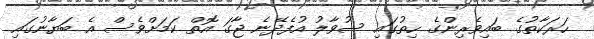
ހަރަކާތުގެ ބައިވެރިންގެ ހިތުގައި ސުވާލު އުފެދޭނެ ޖާގަ އޮތް ކަމަށްވެސް އެ ބަޔާނުގައި